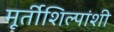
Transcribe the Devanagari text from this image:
मूर्तीशिल्पांशी